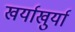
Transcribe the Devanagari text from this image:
खर्याखुर्या